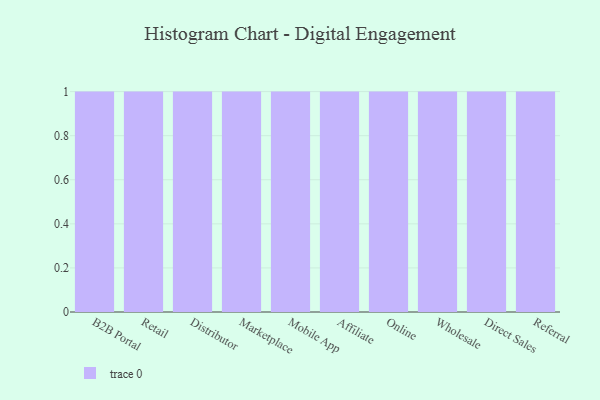
{"axis": {"x": "Channel", "y": "Churn Rate (%)"}, "legend": [""], "data": [{"x": "B2B Portal", "y": 37, "type": ""}, {"x": "Retail", "y": 63, "type": ""}, {"x": "Distributor", "y": 34, "type": ""}, {"x": "Marketplace", "y": 69, "type": ""}, {"x": "Mobile App", "y": 25, "type": ""}, {"x": "Affiliate", "y": 4, "type": ""}, {"x": "Online", "y": 74, "type": ""}, {"x": "Wholesale", "y": 33, "type": ""}, {"x": "Direct Sales", "y": 33, "type": ""}, {"x": "Referral", "y": 35, "type": ""}]}